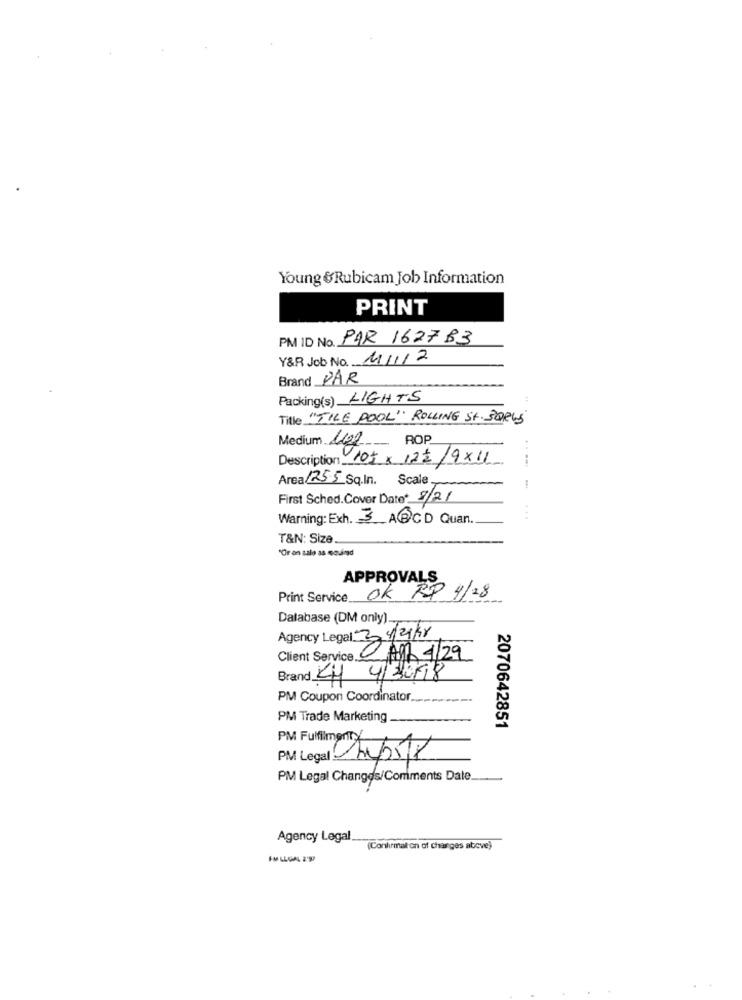
Young &Rubicam Job Information
PRINT
PM ID No. PAR 162783
Y&R Job No. 11/112
Brand PAR
Packing(s) LIGHTS
Title "TILE POOL" ROLLING ST. BORGS
Medium leg ROP
Description: 105 × 121/9x11
Area 125-5 Sq.In. Scale.
First Sched.Cover Date* 8/2/
Warning: Exh. 3_ABCD Quan.
...
T&N: Size
"Or on salo as quinad
APPROVALS
Print Service OK RP 4/28
Database (DM only) ....
Agency Legal: 3 4/21/98
Client Service Agh 1/29
Brand KH 4/2018
PM Coupon Coordinator ________
PM Trade Marketing
2070642851
PM Fulfilment:
PM Legal Changes/Comments Date.
Agency Legal
(Confirmation of changes above)